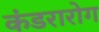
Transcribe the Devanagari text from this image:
कंडरारोग